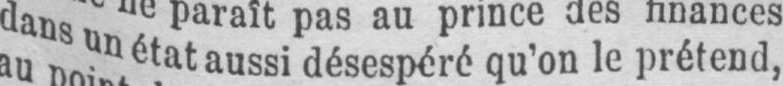
dans un état aussi désespéré qu’on le prétend,